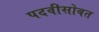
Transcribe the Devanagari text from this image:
पदवीसोबत